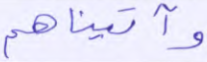
وآتيناهم